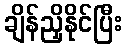
ချိန်ညှိနိုင်ပြီး